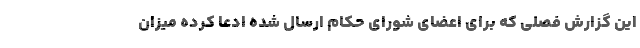
این گزارش فصلی که برای اعضای شورای حکام ارسال شده ادعا کرده میزان